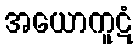
အယောကူဋံ